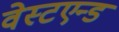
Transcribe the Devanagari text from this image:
वेस्टएन्ड